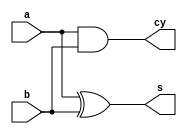
`timescale 1ns / 1ps


module ha(input a,b,output s,cy);
xor xor_1(s,a,b);
and and_1(cy,a,b);
endmodule
module fa(input a,b,c,output s,cy);
wire [2:0] w;
ha u1(a,b,w[0],w[1]);
ha u2(c,w[0],s,w[2]);
or or_1(cy,w[1],w[2]);
endmodule
module and_1(input a,b,output y);
and and_1(y,a,b);
endmodule
module mul4bit(input [3:0] a,b,output [7:0] y);
wire [19:0] w;
wire [5:0] c;
and_1 u1(a[0],b[0],y[0]);
and_1 u2(a[1],b[0],w[0]);
and_1 u3(a[0],b[1],w[1]);
or u4(y[1],w[0],w[1]);
 and_1 u5(a[2],b[0],w[2]);
 and_1 u6(a[0],b[2],w[3]);
 or u7(w[4],w[2],w[3]);
 and_1 u8(a[1],b[1],w[5]);
 and_1 u9(a[3],b[0],w[6]);
 and_1 u10(a[0],b[3],w[7]);
 or u_11(w[18],w[6],w[7]);
 and_1 u11(a[2],b[1],w[8]);
 and_1 u12(a[1],b[2],w[9]);
 or u13(w[10],w[8],w[9]);
 and_1 u14(a[3],b[1],w[11]);
 and_1 u15(a[1],b[3],w[12]);
 or u16(w[13],w[11],w[12]);
  and_1 u17(a[2],b[2],w[14]);
  and_1 u18(a[3],b[2],w[15]);
 and_1 u19(a[2],b[3],w[16]);
 and_1 u20(a[3],b[3],w[17]);
 or u_21(w[19],w[14],w[15]);
 ha u21(w[4],w[5],y[2],c[0]);
 fa u22(w[18],c[0],w[10],y[3],c[1]);
 fa u23(w[13],c[1],w[14],y[4],c[2]);
 ha u24(c[2],w[19],y[5],c[3]);
 ha u25(c[3],w[17],y[6],y[7]);
endmodule